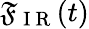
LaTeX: \mathfrak{F}_{\mathrm{{~I~R~}}}(t)